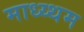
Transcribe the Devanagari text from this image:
माध्य्थम